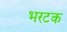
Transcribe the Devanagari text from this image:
भरटक